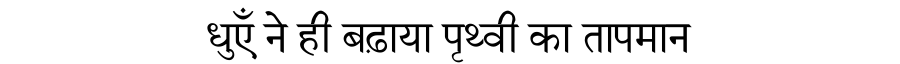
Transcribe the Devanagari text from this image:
धुएँ ने ही बढ़ाया पृथ्वी का तापमान